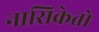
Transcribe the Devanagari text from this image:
नासिकेतो